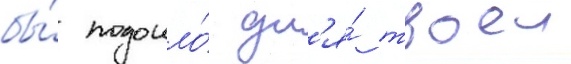
бы́ подошло́ дл'я́ твоеи